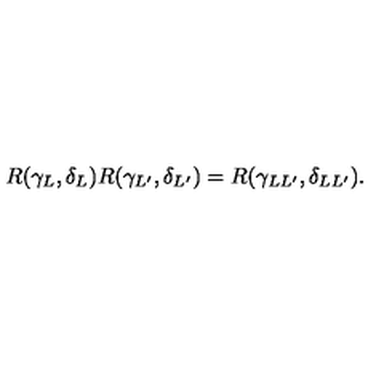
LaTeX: R ( \gamma _ { L } , \delta _ { L } ) R ( \gamma _ { L ^ { \prime } } , \delta _ { L ^ { \prime } } ) = R ( \gamma _ { L L ^ { \prime } } , \delta _ { L L ^ { \prime } } ) .